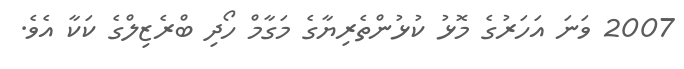
2007 ވަނަ އަހަރުގެ މޮޅު ކުޅުންތެރިޔާގެ މަގާމް ހޯދި ބްރެޒިލްގެ ކަކާ އެވެ.